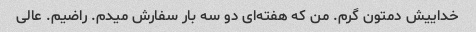
خداییش دمتون گرم. من که هفته‌ای دو سه بار سفارش میدم. راضیم. عالی